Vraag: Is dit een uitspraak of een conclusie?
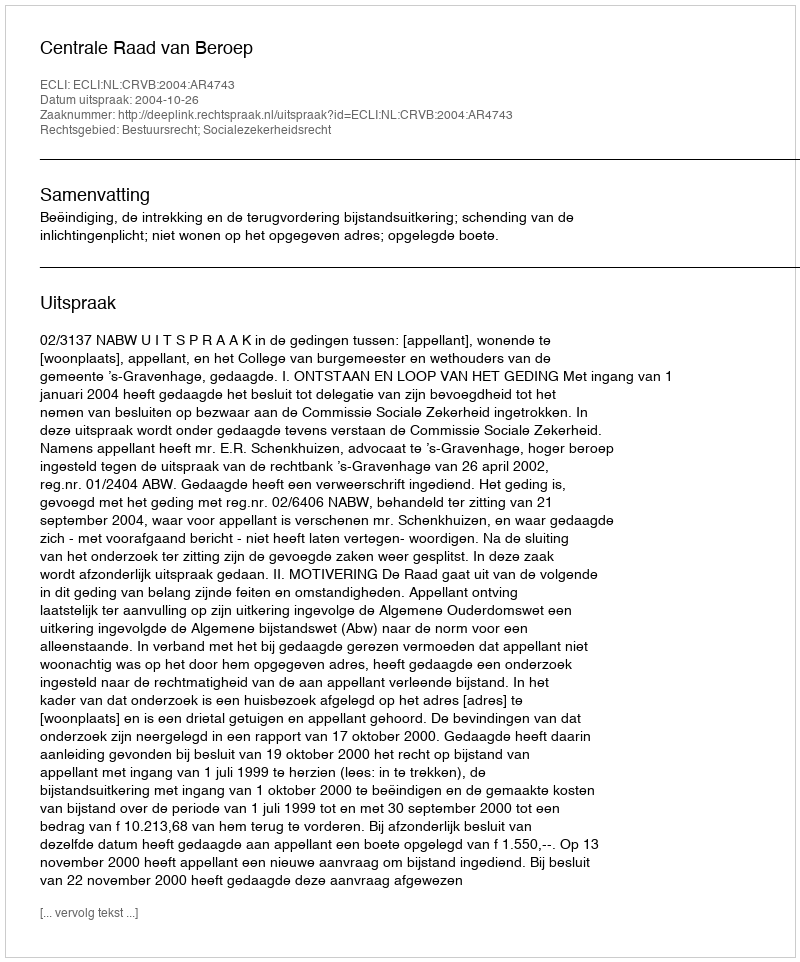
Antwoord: Uitspraak